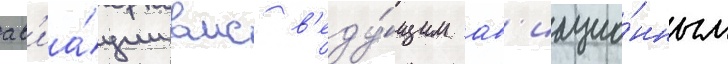
ав'иа́ции вмс в'еду́щим ав'иацио́нным